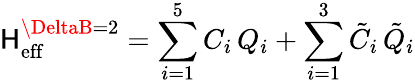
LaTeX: {\cal\mathsf{H}}_{\mathrm{{eff}}}^{\DeltaB=2}=\sum_{i=1}^{5}C_{i}\, Q_{i}+\sum_{i=1}^{3}\tilde{{C}}_{i}\, \tilde{{Q}}_{i}